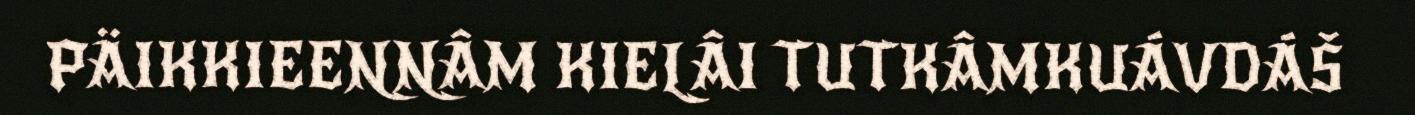
PÄIKKIEENNÂM KIELÂI TUTKÂMKUÁVDÁŠ